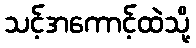
သင့်အကောင့်ထဲသို့